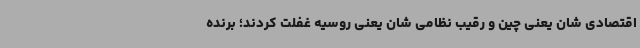
اقتصادی شان یعنی چین و رقیب نظامی شان یعنی روسیه غفلت کردند؛ برنده